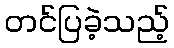
တင်ပြခဲ့သည့်